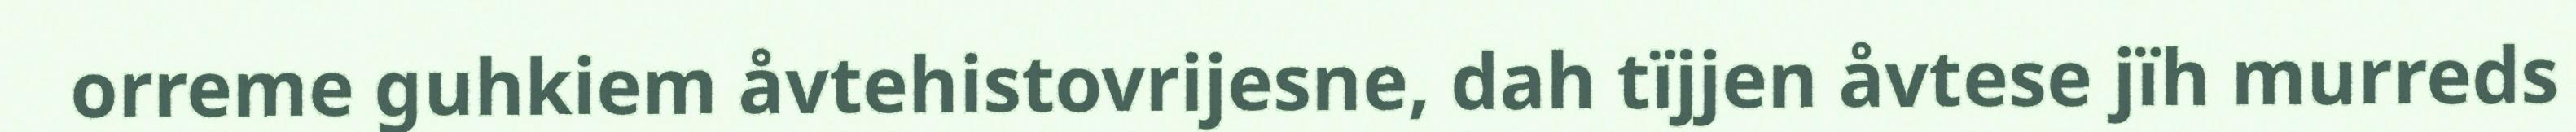
orreme guhkiem åvtehistovrijesne, dah tïjjen åvtese jïh murreds